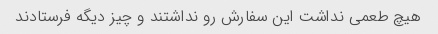
هیچ طعمی نداشت این سفارش رو نداشتند و چیز دیگه فرستادند